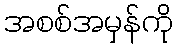
အစစ်အမှန်ကို